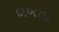
ધખતા